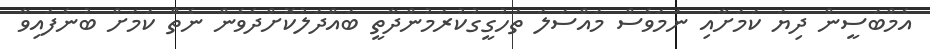
އެމްބަސީން ދިޔަ ކަމަށާއި ނަމަވެސް މައްސަލަ ތަހުގީގުކުރަމުންދާތީ ބައްދަލުކޮށްދެވެން ނެތް ކަމަށް ބުނެފައިވާ